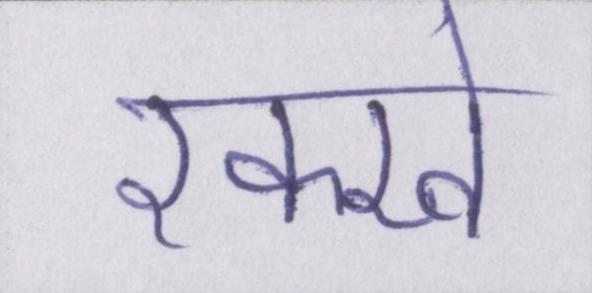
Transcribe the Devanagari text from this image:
रक्खे